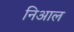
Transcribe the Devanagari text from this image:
निआल